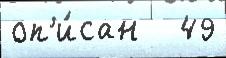
оп'и́сан   49